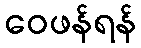
ဝေဖန်ရန်